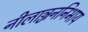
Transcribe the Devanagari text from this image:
नीलाञ्जननिभाय